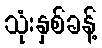
သုံးနှစ်ခန့်